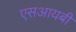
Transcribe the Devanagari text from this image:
एसआयबी